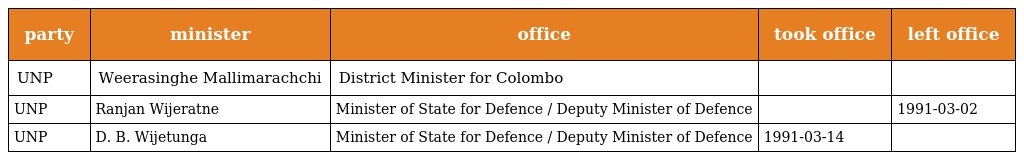
| party | minister | office | took office | left office |
 | --- | --- | --- | --- | --- |
 | UNP | Weerasinghe Mallimarachchi | District Minister for Colombo |  |  |
 | UNP | Ranjan Wijeratne | Minister of State for Defence / Deputy Minister of Defence |  | 1991-03-02 |
 | UNP | D. B. Wijetunga | Minister of State for Defence / Deputy Minister of Defence | 1991-03-14 |  |